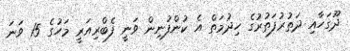
ދޫގަހާއި ދަތުރުފަތުރުގެ ހިދުމަތް އެ ކުންފުނިން ވަނީ ފެބްރިއަރީ މަހުގެ 15 ވަނަ